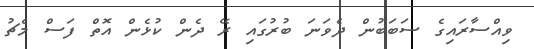
ވިއްސާރައިގެ ސަބަބުން ދެވަނަ ބުރުގައި ރޭ ދެން ކުޅެން އޮތް ފަސް މެޗު